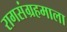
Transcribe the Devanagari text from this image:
रागसंग्रहमाला